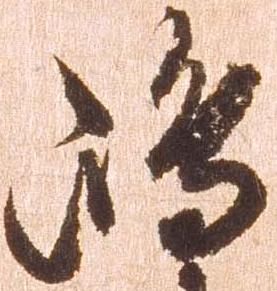
嶋